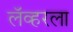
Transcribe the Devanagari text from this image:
लॅव्हरला